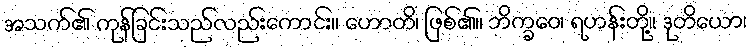
အသက်၏ ကုန်ခြင်းသည်လည်းကောင်း။ ဟောတိ၊ ဖြစ်၏။ ဘိက္ခဝေ၊ ရဟန်းတို့။ ဒုတိယော၊